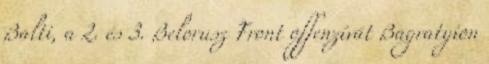
Balti, a 2. és 3. Belorusz Front offenzívát Bagratyion